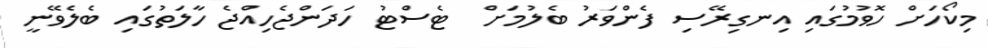
މިކޯހަށް ހޮވުމުގައި އިނގިރޭސި ފެންވަރު ބެލުމަށް  ޓެސްޓު ހަދަންޖެހިއްޖެ ހާލަތުގައި ބެލެވޭނީ